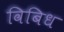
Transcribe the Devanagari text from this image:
विबिध